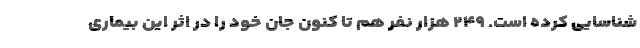
شناسایی کرده است. ۲۴۹ هزار نفر هم تا کنون جان خود را در اثر این بیماری